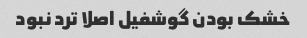
خشک بودن گوشفیل اصلا ترد نبود